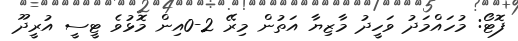
ފޮޓޯ: މުހައްމަދު ވަހީދު މާޒިޔާ އަތުން މިރޭ 2-0އިން މޮޅުވެ ޓީސީ އުރީދޫ